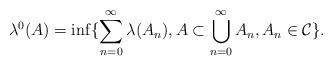
LaTeX: \begin{align*}\lambda ^{0}(A)=\inf \{\sum_{n=0}^{\infty }\lambda (A_{n}),A\subset\bigcup\limits_{n=0}^{\infty }A_{n},A_{n}\in \mathcal{C}\}. \end{align*}